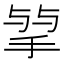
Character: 𢮠